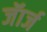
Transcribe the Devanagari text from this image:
जॅार्ज